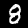
Label: 8